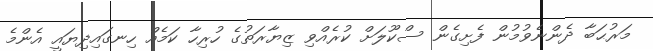
މަރުޙަބާ ދެންނެވުމުން ފެށިގެން ސްކޫލަށް ކުރެއްވި ޒިޔާރަތުގެ ހުރިހާ ކަމެއް ހިނގައިދިޔައީ އެންމެ